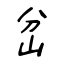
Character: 岔